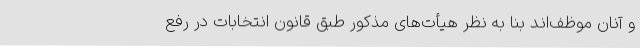
و آنان موظف‌اند بنا به نظر هیأت‌های مذکور طبق قانون انتخابات در رفع